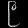
Digit: ၉